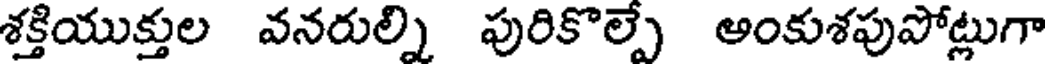
శక్తియుక్తుల వనరుల్ని పురికొల్పే ఆంకుశపుపోట్లుగా